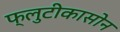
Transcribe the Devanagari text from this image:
फ्लुटीकासोन